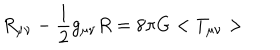
R _ { \mu \nu } - \frac { 1 } { 2 } g _ { \mu \nu } R = 8 { \pi } G < T _ { \mu \nu } >